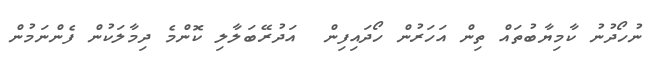
ނުހޯދުނު ކާމިޔާބުތައް ތިން އަހަރުން ހޯދައިފިން  އަދުރޭބަލާލި ކޮންމެ ދިމާލަކުން ފެންނަމުން